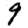
Digit: 9